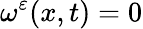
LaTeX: \omega^{\varepsilon}(x,t)=0